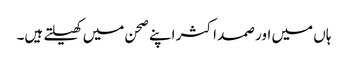
ہاں میں اور صمد اکثر اپنے صحن میں کھیلتے ہیں۔